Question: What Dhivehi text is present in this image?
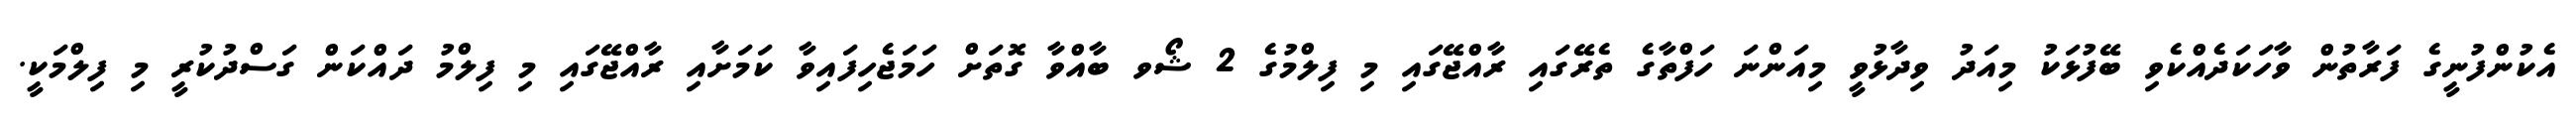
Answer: އެކުންފުނީގެ ފަރާތުން ވާހަކަދެއްކެވި ބޭފުޅަކު މިއަދު ވިދާޅުވީ މިއަންނަ ހަފްތާގެ ތެރޭގައި ރާއްޖޭގައި މި ފިލްމުގެ 2 ޝޯވ ބާއްވާ ގޮތަށް ހަމަޖެހިފައިވާ ކަމަށާއި ރާއްޖޭގައި މި ފިލްމު ދައްކަން ގަސްދުކުރީ މި ފިލްމަކީ.